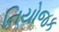
નિયોજક